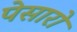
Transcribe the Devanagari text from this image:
पेसारो